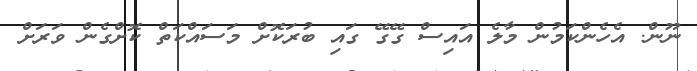
ނޫން. އެހެންކަމުން މާލެ އައިސް ގޭގޭ ގައި ބުރަކޮށް މަސައްކަތް ކޮށްގެން ވަރަށް